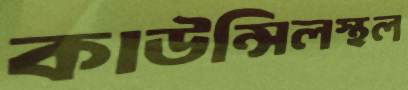
কাউন্সিলস্থল